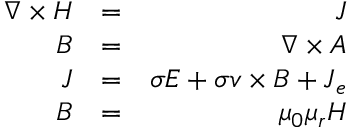
\begin{array} { r l r } { \nabla \times \ensuremath { \boldsymbol { H } } } & { = } & { \ensuremath { \boldsymbol { J } } } \\ { \ensuremath { \boldsymbol { B } } } & { = } & { \nabla \times \ensuremath { \boldsymbol { A } } } \\ { \ensuremath { \boldsymbol { J } } } & { = } & { \sigma \ensuremath { \boldsymbol { E } } + \sigma \ensuremath { \boldsymbol { v } } \times \ensuremath { \boldsymbol { B } } + \ensuremath { \boldsymbol { J } } _ { e } } \\ { \ensuremath { \boldsymbol { B } } } & { = } & { \mu _ { 0 } \mu _ { r } \ensuremath { \boldsymbol { H } } } \end{array}